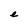
Character: e